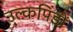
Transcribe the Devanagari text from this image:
उल्कपिंडों